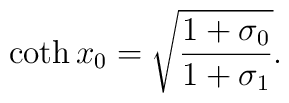
\coth x_{0}=\sqrt{\frac{1+\sigma_{0}}{1+\sigma_{1}}}.